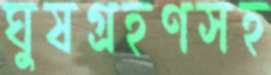
ঘুষগ্রহণসহ